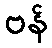
ဗန်